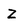
Character: z